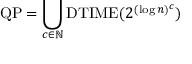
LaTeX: { \mathrm { Q P } } = \bigcup _ { c \in \mathbb { N } } { \mathrm { D T I M E } } ( 2 ^ { ( \log n ) ^ { c } } )